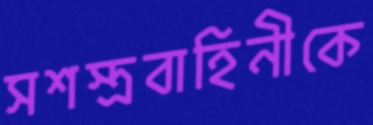
সশস্ত্রবাহিনীকে